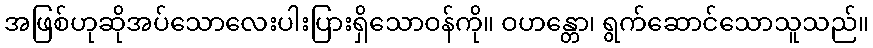
အဖြစ်ဟုဆိုအပ်သောလေးပါးပြားရှိသောဝန်ကို။ ဝဟန္တော၊ ရွက်ဆောင်သောသူသည်။